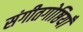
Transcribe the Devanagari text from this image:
संगीतगोष्ठियाँ